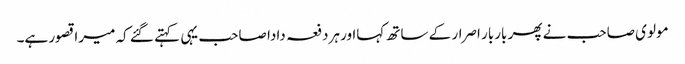
مولوی صاحب نے پھر باربار اصرار کے ساتھ کہااور ہردفعہ دادا صاحب یہی کہتے گئے کہ میرا قصور ہے۔